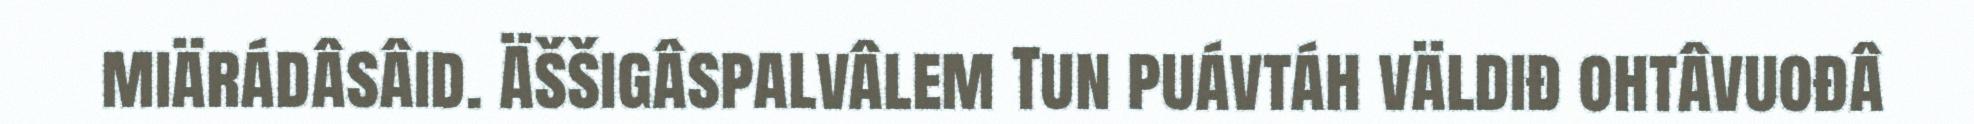
miärádâsâid. Äššigâspalvâlem Tun puávtáh väldiđ ohtâvuođâ